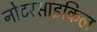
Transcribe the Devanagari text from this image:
नोटरसाइकिल